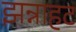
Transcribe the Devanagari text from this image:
झन्नाहट